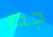
جدا